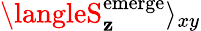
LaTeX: \langleS_{\mathbf{z}}^{\mathrm{{emerge}}}\rangle_{xy}